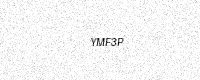
Text: YMF3P